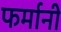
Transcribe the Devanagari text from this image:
फर्मानी